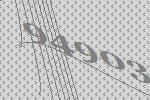
94903